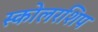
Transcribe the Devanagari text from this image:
स्कोलरशिप